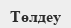
Төлдеу